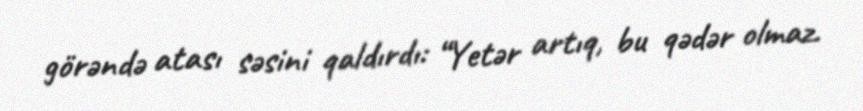
görəndə atası səsini qaldırdı: “Yetər artıq, bu qədər olmaz.